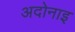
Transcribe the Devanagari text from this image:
अदोनाइ